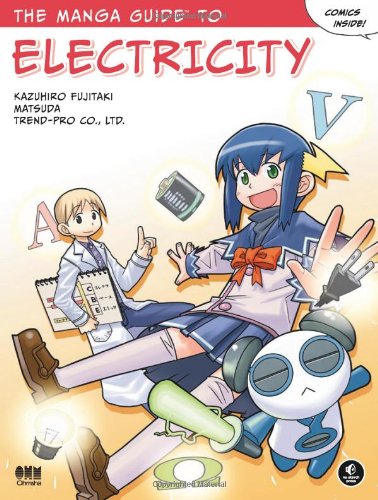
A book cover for The Manga Guide to Electricity; Kazuhiro Fujitaki; Comics & Graphic Novels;